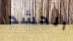
الحشد